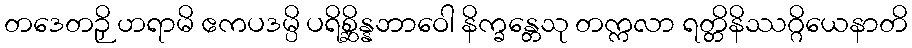
တဒေတဉှိ ဟရာမိ ဧကပဒမ္ပိ ပရိစ္ဆိန္နဘာဝေါ နိက္ခန္တေသု တက္ကလာ ရတ္တိနိဿဂ္ဂိယေနာတိ